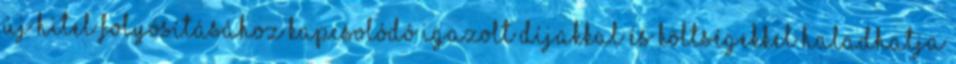
új hitel folyósításához kapcsolódó igazolt díjakkal és költségekkel haladhatja